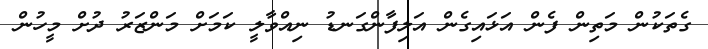
ގެތަކުން މަތިން ފެން އަޅައިގެން އަލިފާންގަނޑު ނިއްވާލީ ކަމަށް މަންޒަރު ދުށް މީހުން